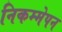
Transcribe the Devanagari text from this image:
निकम्मेपन